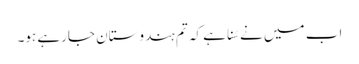
اب میں نے سُنا ہے کہ تم ہندوستان جارہے ہو۔